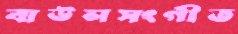
বাউলসংগীত